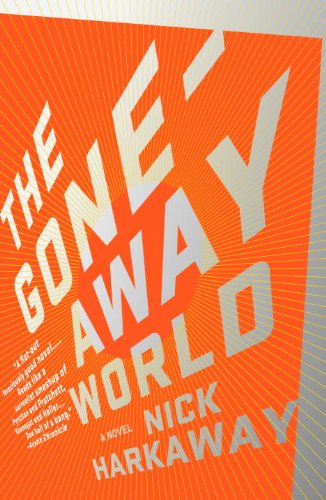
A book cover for The Gone-Away World (Vintage Contemporaries); Nick Harkaway; Literature & Fiction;